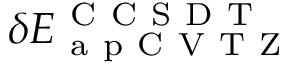
\delta E _ { \mathrm { ~ a ~ p ~ C ~ V ~ T ~ Z ~ } } ^ { \mathrm { ~ C ~ C ~ S ~ D ~ T ~ } }